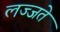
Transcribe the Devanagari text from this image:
लज्जते